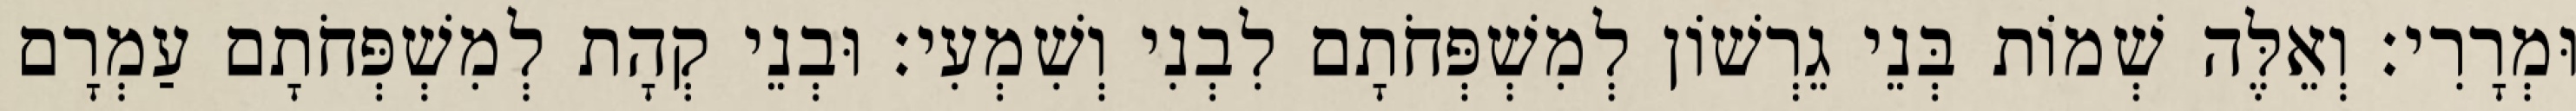
וּמְרָרִי׃ וְאֵלֶּה שְׁמוֹת בְּנֵי גֵרְשׁוֹן לְמִשְׁפְּחֹתָם לִבְנִי וְשִׁמְעִי׃ וּבְנֵי קְהָת לְמִשְׁפְּחֹתָם עַמְרָם